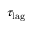
\tau _ { \mathrm { l a g } }